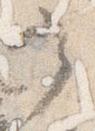
之